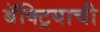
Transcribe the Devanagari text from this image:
बॅक्ट्रियाची